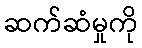
ဆက်ဆံမှုကို